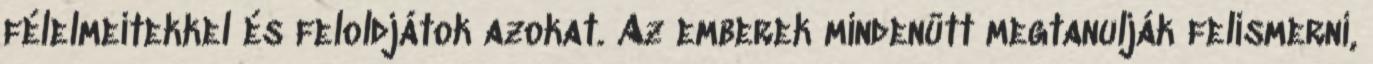
félelmeitekkel és feloldjátok azokat. Az emberek mindenütt megtanulják felismerni,